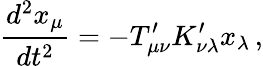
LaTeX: {\frac{d^{2}x_{\mu}}{dt^{2}}}=-T_{\mu\nu}^{\prime}K_{\nu\lambda}^{\prime}x_{\lambda}\, ,